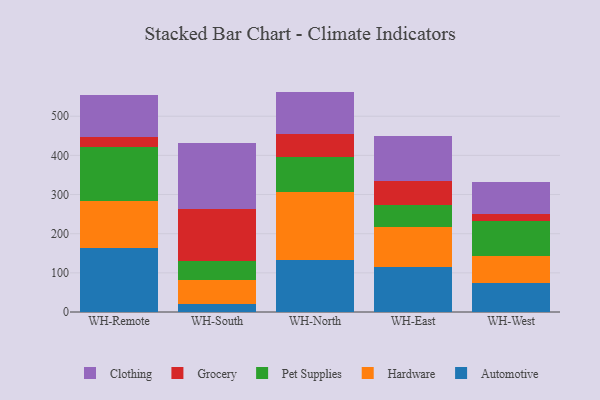
{"axis": {"x": "Warehouse", "y": "Shipments"}, "legend": ["Automotive", "Clothing", "Grocery", "Hardware", "Pet Supplies"], "data": [{"x": "WH-Remote", "y": 163.3, "type": "Automotive"}, {"x": "WH-Remote", "y": 121.0, "type": "Hardware"}, {"x": "WH-Remote", "y": 137.5, "type": "Pet Supplies"}, {"x": "WH-Remote", "y": 26.2, "type": "Grocery"}, {"x": "WH-Remote", "y": 107.2, "type": "Clothing"}, {"x": "WH-South", "y": 19.7, "type": "Automotive"}, {"x": "WH-South", "y": 61.4, "type": "Hardware"}, {"x": "WH-South", "y": 48.7, "type": "Pet Supplies"}, {"x": "WH-South", "y": 134.4, "type": "Grocery"}, {"x": "WH-South", "y": 168.6, "type": "Clothing"}, {"x": "WH-North", "y": 132.1, "type": "Automotive"}, {"x": "WH-North", "y": 173.5, "type": "Hardware"}, {"x": "WH-North", "y": 91.4, "type": "Pet Supplies"}, {"x": "WH-North", "y": 57.2, "type": "Grocery"}, {"x": "WH-North", "y": 108.7, "type": "Clothing"}, {"x": "WH-East", "y": 113.7, "type": "Automotive"}, {"x": "WH-East", "y": 103.4, "type": "Hardware"}, {"x": "WH-East", "y": 55.0, "type": "Pet Supplies"}, {"x": "WH-East", "y": 63.2, "type": "Grocery"}, {"x": "WH-East", "y": 113.6, "type": "Clothing"}, {"x": "WH-West", "y": 74.1, "type": "Automotive"}, {"x": "WH-West", "y": 69.7, "type": "Hardware"}, {"x": "WH-West", "y": 89.2, "type": "Pet Supplies"}, {"x": "WH-West", "y": 17.3, "type": "Grocery"}, {"x": "WH-West", "y": 81.8, "type": "Clothing"}]}